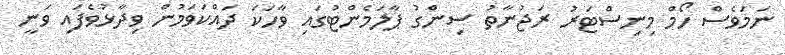
ނަމަވެސް ހޯމް މިނިސްޓަރު ރަޖުނާތު ސިންގު ޕާލަމެންޓުގައި ވާހަކަ ދައްކަވަމުން ވިދާޅުވެފައި ވަނީ